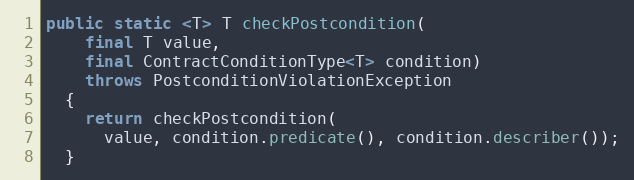
Language: Java
public static <T> T checkPostcondition(
    final T value,
    final ContractConditionType<T> condition)
    throws PostconditionViolationException
  {
    return checkPostcondition(
      value, condition.predicate(), condition.describer());
  }